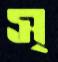
স্